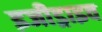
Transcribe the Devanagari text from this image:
इजीड्राइव